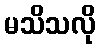
မသိသလို